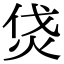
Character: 𤇰